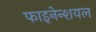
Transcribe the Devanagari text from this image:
फाइनेन्शयल